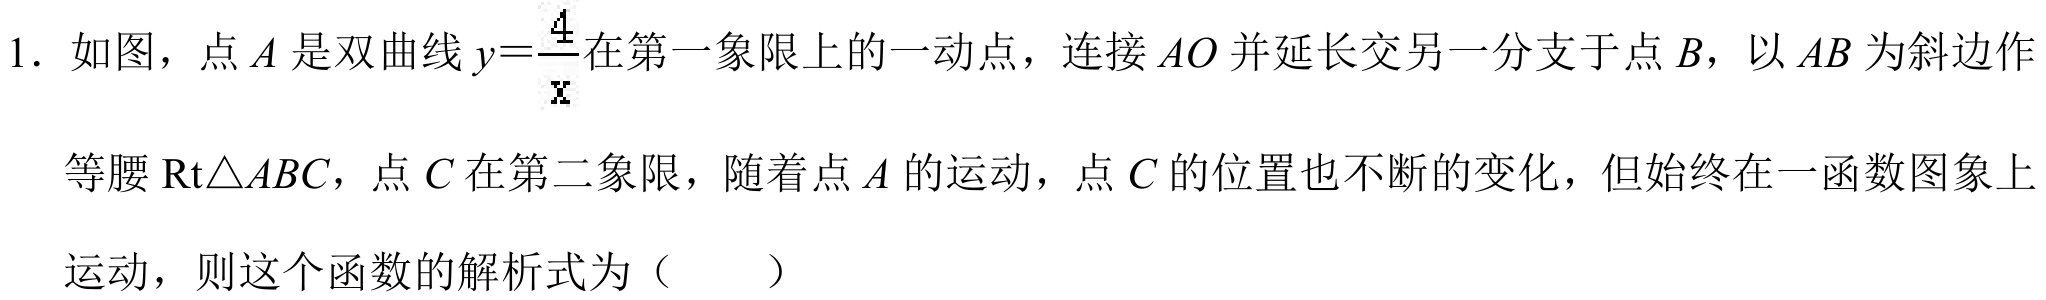
1. 如图，点 \(A\) 是双曲线 \(y = \frac{4}{x}\) 在第一象限上的一动点，连接 \(AO\) 并延长交另一分支于点 \(B\)，以 \(AB\) 为斜边作
等腰 \(\text{Rt}\triangle ABC\)，点 \(C\) 在第二象限，随着点 \(A\) 的运动，点 \(C\) 的位置也不断的变化，但始终在一函数图象上
运动，则这个函数的解析式为（  ）